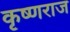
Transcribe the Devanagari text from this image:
कृष्‍णराज